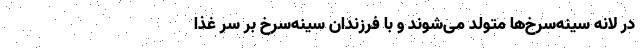
در لانه سینه‌سرخ‌ها متولد می‌شوند و با فرزندان سینه‌سرخ بر سر غذا